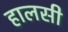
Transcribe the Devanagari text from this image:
हालसी